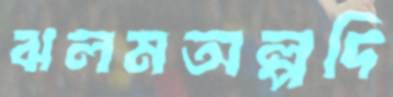
ঝলমঅল্পদি